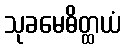
သုခမေဓိတ္ထယံ